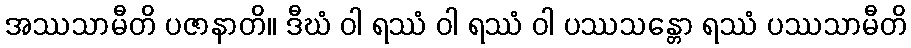
အဿသာမီတိ ပဇာနာတိ။ ဒီဃံ ဝါ ရဿံ ဝါ ရဿံ ဝါ ပဿသန္တော ရဿံ ပဿသာမီတိ